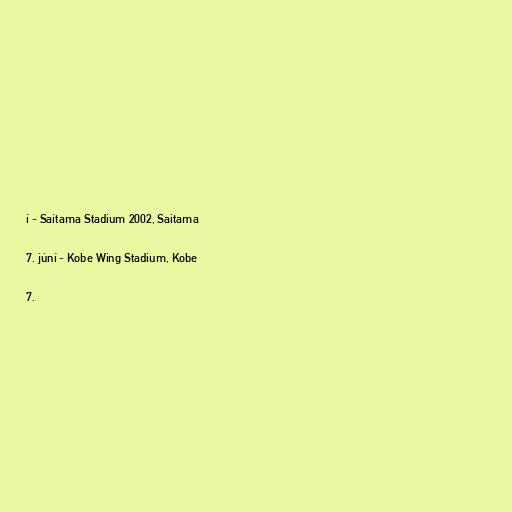
í - Saitama Stadium 2002, Saitama

7. júní - Kobe Wing Stadium, Kobe

7.